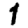
Digit: 1